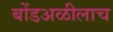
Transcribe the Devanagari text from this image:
बोंडअळीलाच